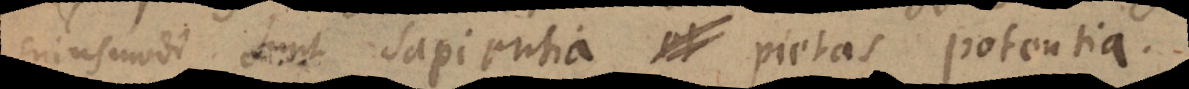
ejusmodi sunt sapientia, pietas, potentia.